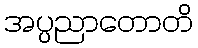
အပ္ပညာတောတိ